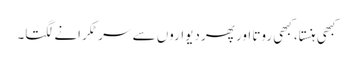
کبھی ہنستا، کبھی روتا اور پھر دیواروں سے سر ٹکرانے لگتا۔